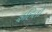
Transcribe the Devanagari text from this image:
इहितो